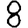
Digit: 8